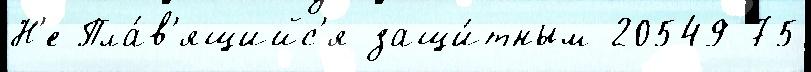
Н'е Пла́в'ящийс'я защи́тным 20549-75